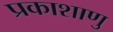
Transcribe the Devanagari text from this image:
प्रकाशाणु